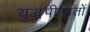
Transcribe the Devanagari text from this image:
युद्धपीड़ितों